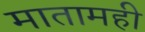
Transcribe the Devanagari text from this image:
मातामही